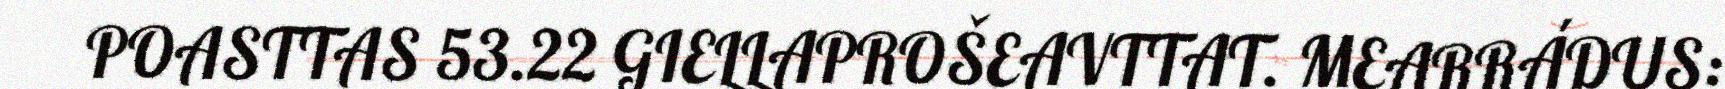
POASTTAS 53.22 GIELLAPROŠEAVTTAT. MEARRÁDUS: